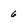
Character: 6